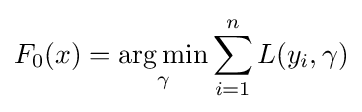
F_{0}(x)={\underset {\gamma }{\arg \min }}\sum _{i=1}^{n}L(y_{i},\gamma )